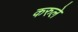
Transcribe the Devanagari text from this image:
करुले